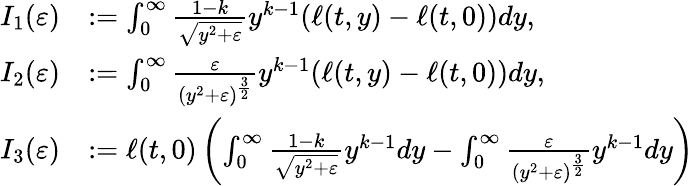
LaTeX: \begin{array}{rl}{I_{1}(\varepsilon)}&{:=\int_{0}^{\infty}\frac{1-k}{\sqrt{y^{2}+\varepsilon}}y^{k-1}(\ell(t,y)-\ell(t,0))dy,}\\ {I_{2}(\varepsilon)}&{:=\int_{0}^{\infty}\frac{\varepsilon}{(y^{2}+\varepsilon)^{\frac{3}{2}}}y^{k-1}(\ell(t,y)-\ell(t,0))dy,}\\ {I_{3}(\varepsilon)}&{:=\ell(t,0)\left(\int_{0}^{\infty}\frac{1-k}{\sqrt{y^{2}+\varepsilon}}y^{k-1}dy-\int_{0}^{\infty}\frac{\varepsilon}{(y^{2}+\varepsilon)^{\frac{3}{2}}}y^{k-1}dy\right)}\end{array}